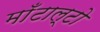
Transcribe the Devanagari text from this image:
माँटाल्टो